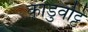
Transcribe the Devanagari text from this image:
काडुवट्टि